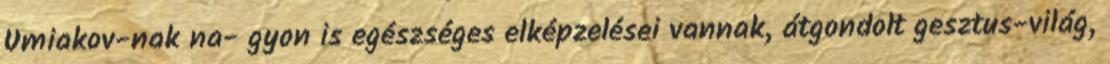
Umiakov-nak na- gyon is egészséges elképzelései vannak, átgondolt gesztus-világ,